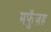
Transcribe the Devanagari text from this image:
मफुॅज़ह